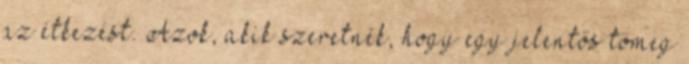
az étkezést. Azok, akik szeretnék, hogy egy jelentős tömeg